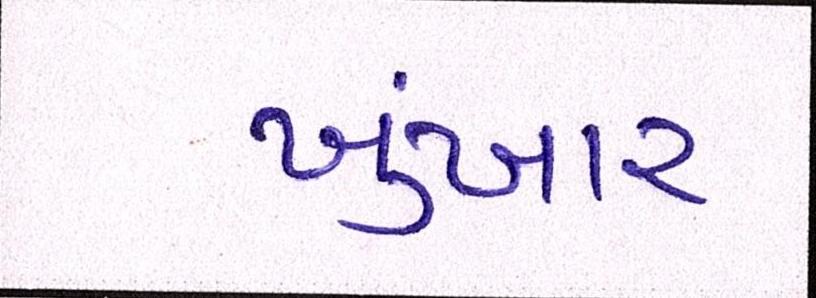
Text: ખુંખાર